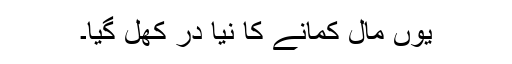
یوں مال کمانے کا نیا در کھل گیا۔